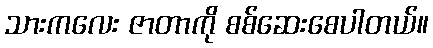
သားကလေး ဇာတာကို စစ်ဆေးစေပါတယ်။